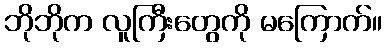
ဘိုဘိုက လူကြီးတွေကို မကြောက်။